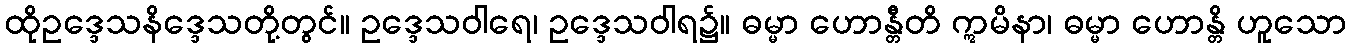
ထိုဥဒ္ဒေသနိဒ္ဒေသတို့တွင်။ ဥဒ္ဒေသဝါရေ၊ ဥဒ္ဒေသဝါရ၌။ ဓမ္မာ ဟောန္တီတိ ဣမိနာ၊ ဓမ္မာ ဟောန္တိ ဟူသော